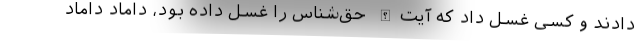
دادند و کسی غسل داد که آیت‌الله حق‌شناس را غسل داده بود، دامادِ داماد